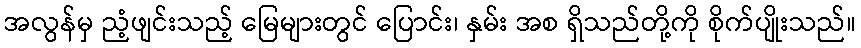
အလွန်မှ ညံ့ဖျင်းသည့် မြေများတွင် ပြောင်း၊ နှမ်း အစ ရှိသည်တို့ကို စိုက်ပျိုးသည်။